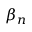
\beta _ { n }